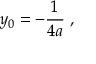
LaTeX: y _ { 0 } = - { \frac { 1 } { 4 a } } \; ,